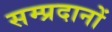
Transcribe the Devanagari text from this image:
सम्प्रदानों